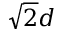
\sqrt { 2 } d